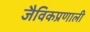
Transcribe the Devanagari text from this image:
जैविकप्रणाली